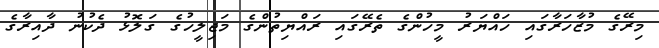
މިރޭގެ މުޒާހަރާގައި ހައްޔަރު މީހުންގެ ތެރޭގައި ރައްޔިތުންގެ މަޖިލީހުގެ ގަލޮޅު ދެކުނު ދާއިރާގެ